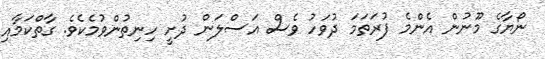
ނޯޔާގެ މޫނުން އެންމެ ފުރަތަމަ ދުވަހު ވެސް އަސްލަން ދުށީ ހިނިތުންވުމެކެވެ. ގާތްކަމާއި